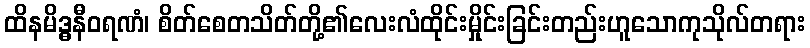
ထိနမိဒ္ဓနီဝရဏံ၊ စိတ်စေတသိတ်တို့၏လေးလံထိုင်းမှိုင်းခြင်းတည်းဟူသောကုသိုလ်တရား